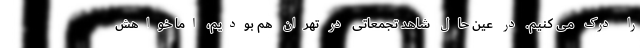
را درک می کنیم. در عین حال شاهد تجمعاتی در تهران هم بودیم، اما خواهش